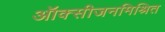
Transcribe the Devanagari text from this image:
ऑक्सीजनमिश्रित